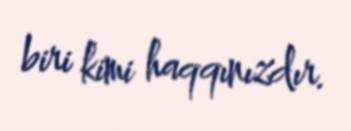
biri kimi haqqınızdır.